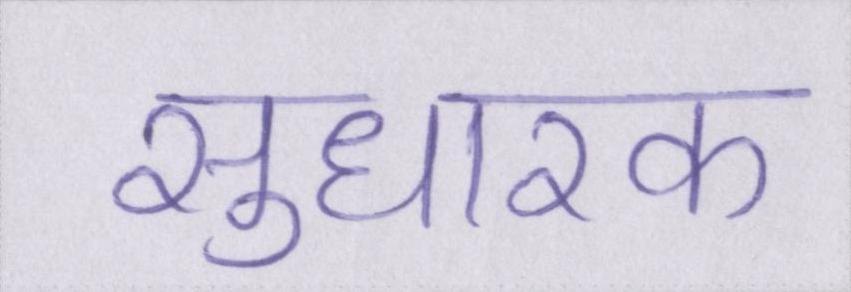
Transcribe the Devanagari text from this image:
सुधारक